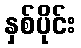
နှစ်ပိုင်း